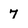
Character: 7